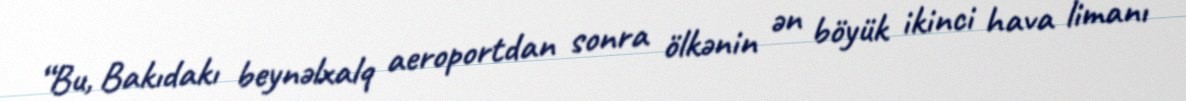
“Bu, Bakıdakı beynəlxalq aeroportdan sonra ölkənin ən böyük ikinci hava limanı